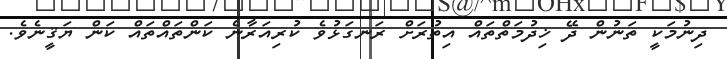
ދިނުމަކީ ތަނުން ދޭ ޚިދުމަތްތައް އިތުރަށް ރަނގަޅުވެ ކުރިއަރާނެ ކަންތައްތައް ކަން ޔަޤީނެވެ.